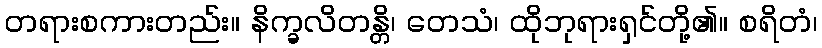
တရားစကားတည်း။ နိက္ခလိတန္တိ၊ တေသံ၊ ထိုဘုရားရှင်တို့၏။ စရိတံ၊